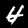
Digit: 4